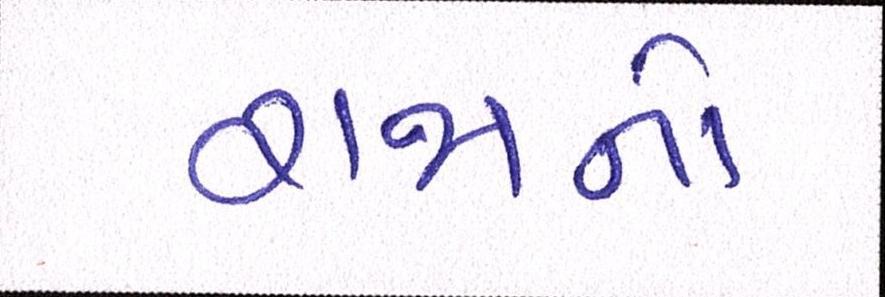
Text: રાજાનો